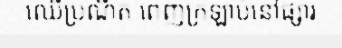
ឈើប្រណីត ពេញក្រឡាប់នៅផ្សារ